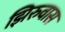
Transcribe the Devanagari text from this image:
झिरुवास